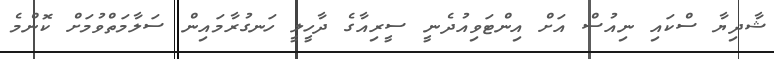
ޝާދިޔާ ސްކައި ނިއުސް އަށް އިންޓަވިއުދެނީ ސީރިއާގެ ދާހީލީ ހަނގުރާމައިން ސަލާމަތްވުމަށް ކޮންމެ